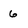
Character: 6